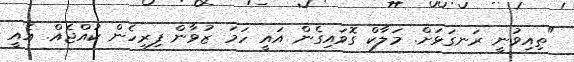
"ތިއިވުނީ ރަނގަޅަށް. މަލާކް ގޮވައިގެން އައީ ހަމަ ޒުވާން ފިރިހެން ކުއްޖެއް. އެއީ